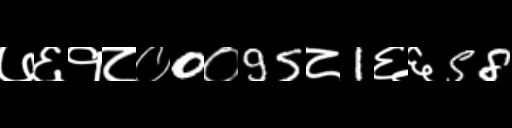
Text: ७६१८०0०95८1६६58